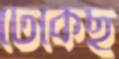
ঢেকেছ